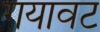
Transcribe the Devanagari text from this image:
गयावट